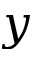
y